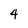
Character: 4